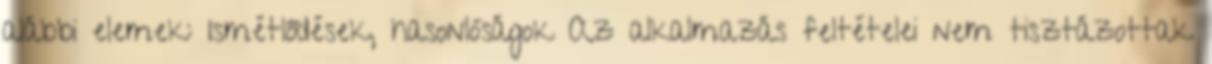
alábbi elemek: Ismétlődések, hasonlóságok Az alkalmazás feltételei nem tisztázottak